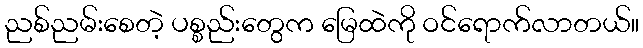
ညစ်ညမ်းစေတဲ့ ပစ္စည်းတွေက မြေထဲကို ဝင်ရောက်လာတယ်။